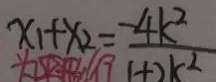
x _ { 1 } + x _ { 2 } = \frac { - 4 k ^ { 2 } } { 1 + 2 k ^ { 2 } }